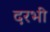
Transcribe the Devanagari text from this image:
दरभी